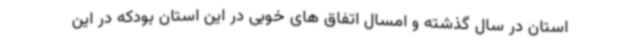
استان در سال گذشته و امسال اتفاق های خوبی در این استان بودکه در این